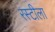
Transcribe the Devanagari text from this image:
रस्टीला